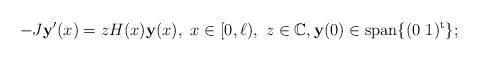
LaTeX: \begin{align*}-J{\bf y}'(x)=zH(x){\bf y}(x),\ x\in[0,\ell),\ z\in\mathbb C,{\bf y}(0)\in {\rm span} \{(0\ 1)^{\rm t}\}; \end{align*}